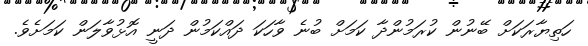
ހަތިޔާރަކަށް ބޭނުން ކުރަމުންދާ ކަމަށް ބުނެ ވާހަކަ ދައްކަމުން ދަނީ އޮޅުވާލަން ކަމަށެވެ.